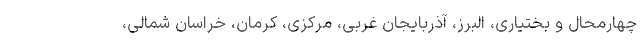
چهارمحال و بختیاری، البرز، آذربایجان غربی، مرکزی، کرمان، خراسان شمالی،